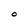
Character: 0